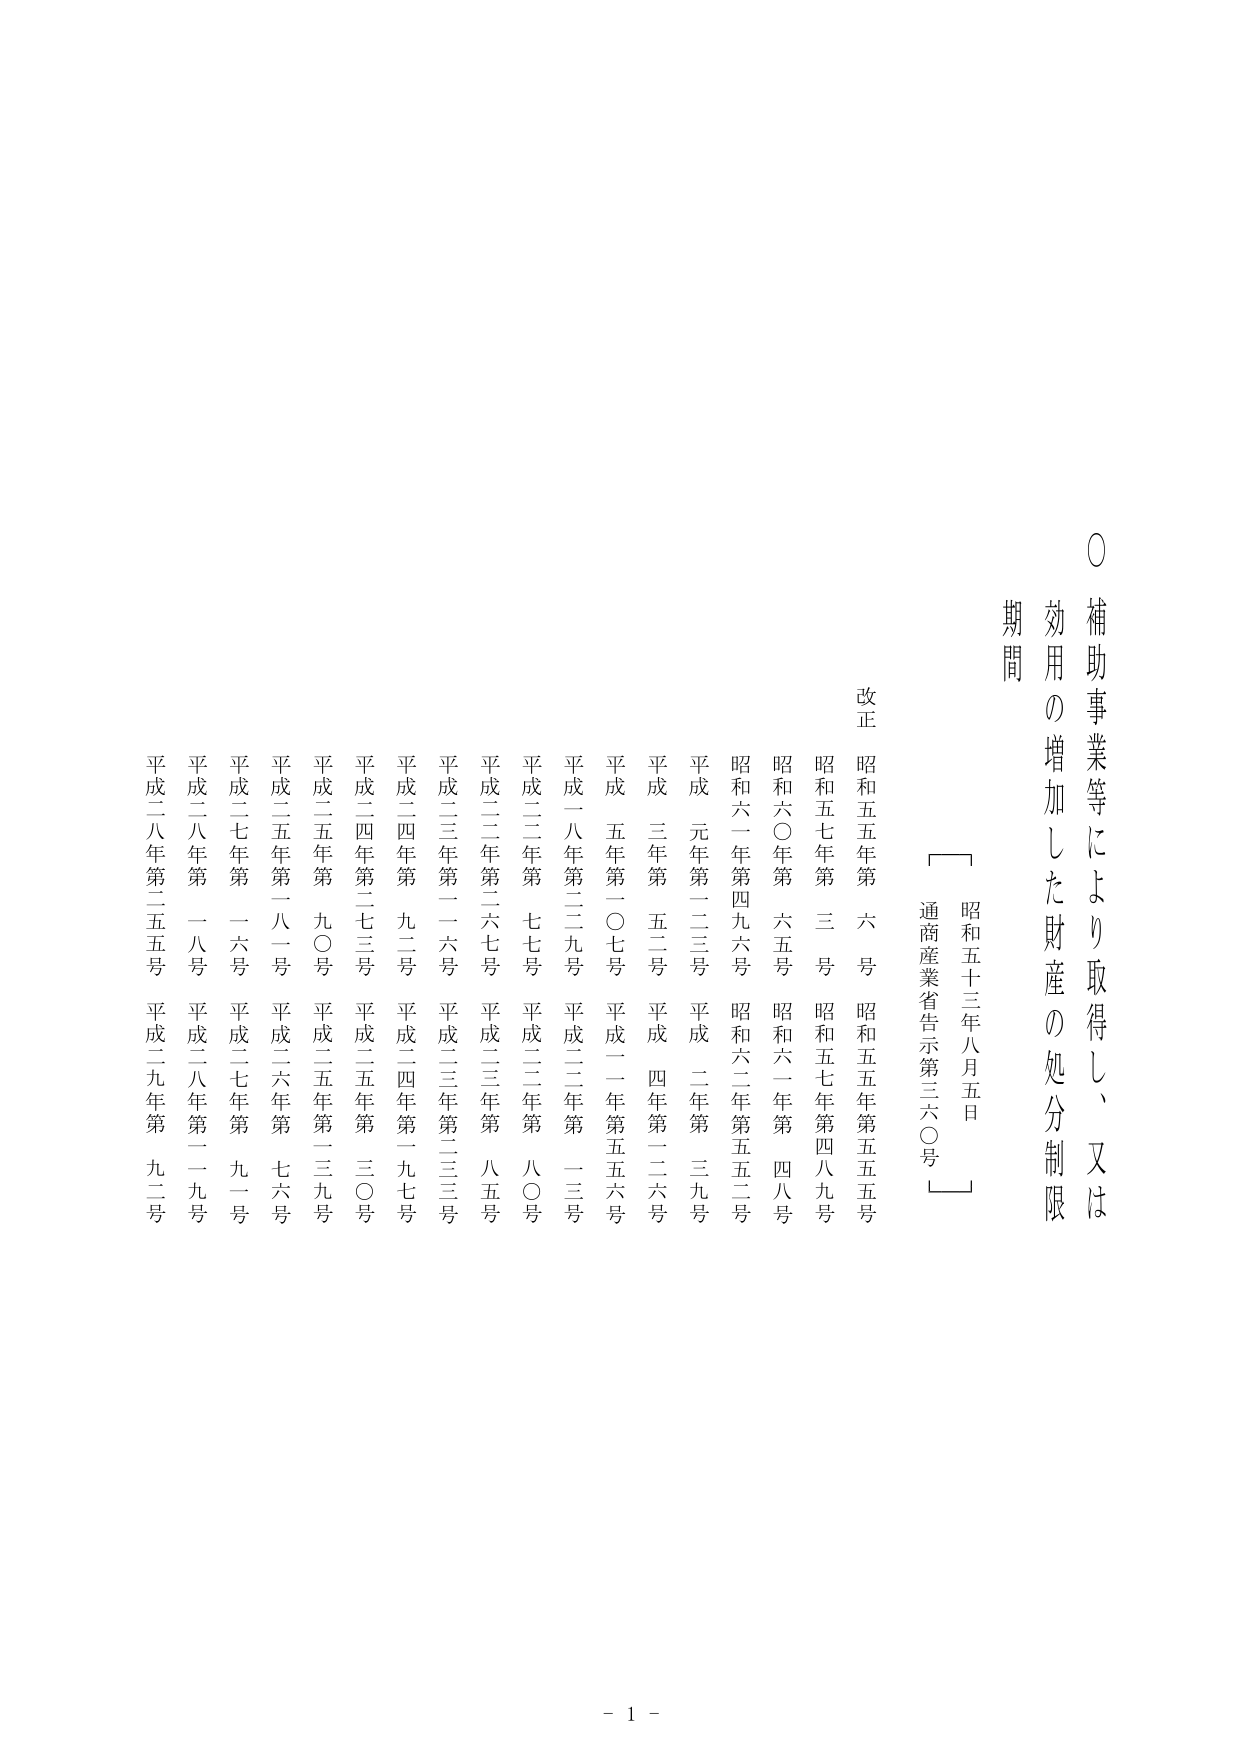
〇 補助事業等により取得し、又は
効用の増加した財産の処分制限
期間

昭和五十三年八月五日
通商産業省告示第三六〇号

改正
昭和五年第六号
昭和五年第五五号
昭和五七年第三号
昭和五七年第四九号
昭和六〇年第六五号
昭和六一年第四八号
昭和六一年第四九六号
昭和六二年第五二号
平成元年第二三号
平成二年第三九号
平成三年第五二号
平成四年第二六号
平成五年第一〇七号
平成一一年第五六号
平成一八年第二九号
平成二二年第一三号
平成二二年第七七号
平成二二年第八〇号
平成二二年第二六七号
平成二三年第八五号
平成二三年第一六号
平成二三年第三三号
平成二四年第九二号
平成二四年第九七号
平成二四年第二七三号
平成二五年第三〇号
平成二五年第九〇号
平成二五年第一三九号
平成二五年第八一号
平成二六年第七六号
平成二七年第一六号
平成二七年第九一号
平成二八年第一八号
平成二八年第一九号
平成二八年第二五五号
平成二九年第九二号

- 1 -